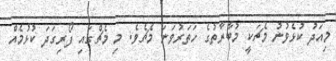
މިއަދު ކުޅެވުނު މެޗަކީ މުބާރާތުގެ ހަތަރުވަނަ މެޗެވެ. މި މެޗްގައި ފޯރިގަދަ ކުޅުމެއް